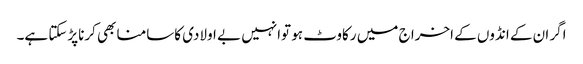
اگر ان کے انڈوں کے اخرا ج میں رکاوٹ ہو توانہیں بے اولادی کاسامنا بھی کرناپڑسکتا ہے۔